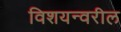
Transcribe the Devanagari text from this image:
विशयन्वरील